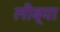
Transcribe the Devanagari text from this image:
लीब्या